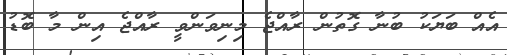
އެއް ބަޔަކު ބުނާ ގޮތުން ރާއްޖެ މިނިވަންވީ ރާއްޖެ އިން މާ ބޮޑު